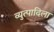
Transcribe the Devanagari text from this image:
व्युत्पादिला